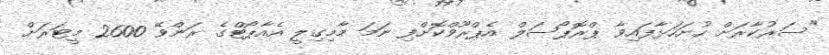
"ސަރުކާރަށް ހުށަހަޅާފައިވާ ޕްރޮޕޯސަލް އެޕްރޫވްކޮށްފި ނަމަ މާމިގިލީ އެއާޕޯޓްގެ ރަންވޭ 2600 މީޓަރަށް